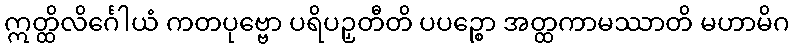
ဣတ္ထိလိင်္ဂေါယံ ကတပုဗ္ဗော ပရိပဉှတီတိ ပပဉ္စော အတ္ထကာမဿာတိ မဟာမိဂ